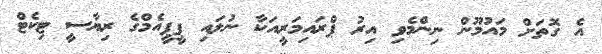
އެ ގޮތަށް މައުމޫން ނިންމެވި އިރު ޕްރައިމަރީއަކާ ނުލައި ޕީޕީއެމްގެ ރިޔާސީ ޓިކެޓް